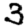
Digit: 3